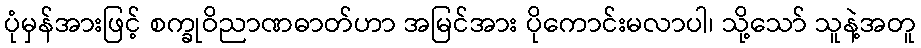
ပုံမှန်အားဖြင့် စက္ခုဝိညာဏဓာတ်ဟာ အမြင်အား ပိုကောင်းမလာပါ၊ သို့သော် သူနဲ့အတူ